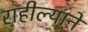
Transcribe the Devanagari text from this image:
राहील्याने